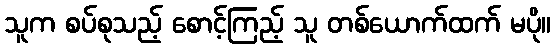
သူက စပ်စုသည့် စောင့်ကြည့် သူ တစ်ယောက်ထက် မပို။